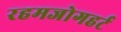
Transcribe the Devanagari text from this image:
रहमजोगहर्ट